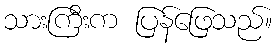
သားကြီးက ပြန်ဖြေသည်။